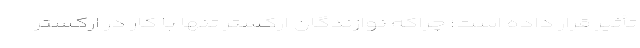
تأثیر قرار داده است؛ چراکه نوازندگان ارکستر تنها با کار در ارکستر